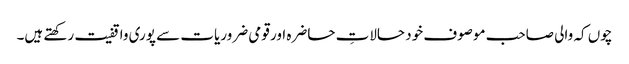
چوں کہ والی صاحب موصوف خود حالاتِ حاضرہ اور قومی ضروریات سے پوری واقفیت رکھتے ہیں۔